Civil Veterinary Department. United Provinces 1932-42 - 1932-1942
Year: 1932
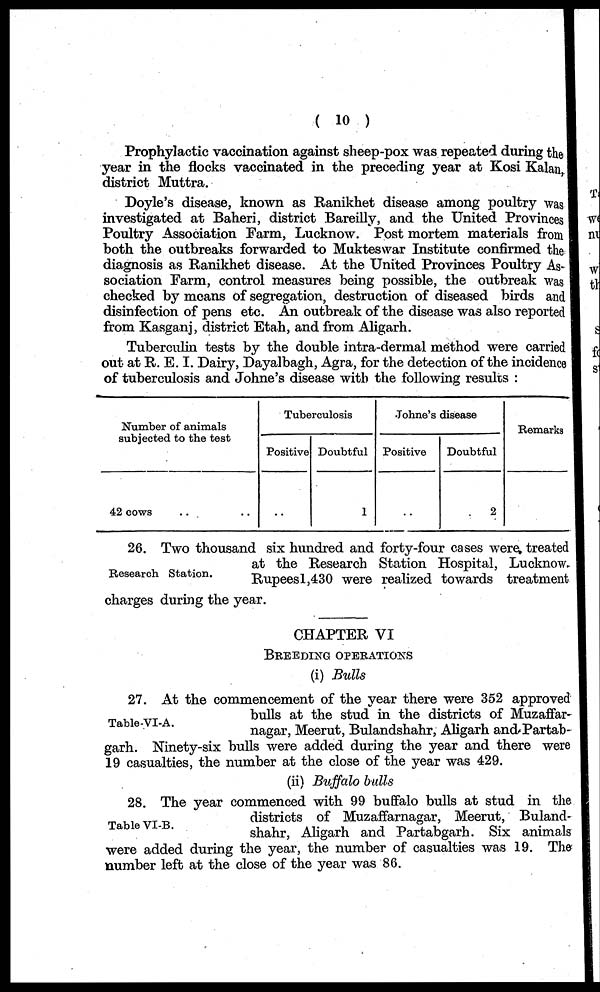
(10)
Prophylactic vaccination against sheep-pox was repeated during the
year in the flocks vaccinated in the preceding year at Kosi Kalan,
district Muttra.
Doyle's disease, known as Ranikhet disease among poultry was
investigated at Baheri, district Bareilly, and the United Provinces
Poultry Association Farm, Lucknow. Post mortem materials from
both the outbreaks forwarded to Mukteswar Institute confirmed the
diagnosis as Ranikhet disease. At the United Provinces Poultry As-
sociation Farm, control measures being possible, the outbreak was
checked by means of segregation, destruction of diseased birds and
disinfection of pens etc. An outbreak of the disease was also reported
from Kasganj, district Etah, and from Aligarh.
Tuberculin tests by the double intra-dermal method were carried
out at R. E. I. Dairy, Dayalbagh, Agra, for the detection of the incidence
of tuberculosis and Johne's disease with the following results:
Number of animals
subjected to the test
42 cows .. ..
Tuberculosis
Positive
..
Doubtful
1
Johne's disease
Positive
..
Doubtful
2
Remarks
Research Station.
26. Two thousand six hundred and forty-four cases were treated
at the Research Station Hospital, Lucknow.
Rupees1,430 were realized towards treatment
charges during the year.
CHAPTER VI
BREEDING OPERATIONS
(i) Bulls
Table-VI-A.
27. At the commencement of the year there were 352 approved
bulls at the stud in the districts of Muzaffar¬
nagar, Meerut, Bulandshahr, Aligarh and Partab¬
garh. Ninety-six bulls were added during the year and there were
19 casualties, the number at the close of the year was 429.
(ii) Buffalo bulls
Table VI-B.
28. The year commenced with 99 buffalo bulls at stud in the
districts of Muzaffarnagar, Meerut, Buland-
shahr, Aligarh and Partabgarh. Six animals
were added during the year, the number of casualties was 19. The
number left at the close of the year was 86.